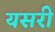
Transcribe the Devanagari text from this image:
यसरी